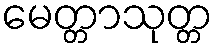
မေတ္တာသုတ္တ